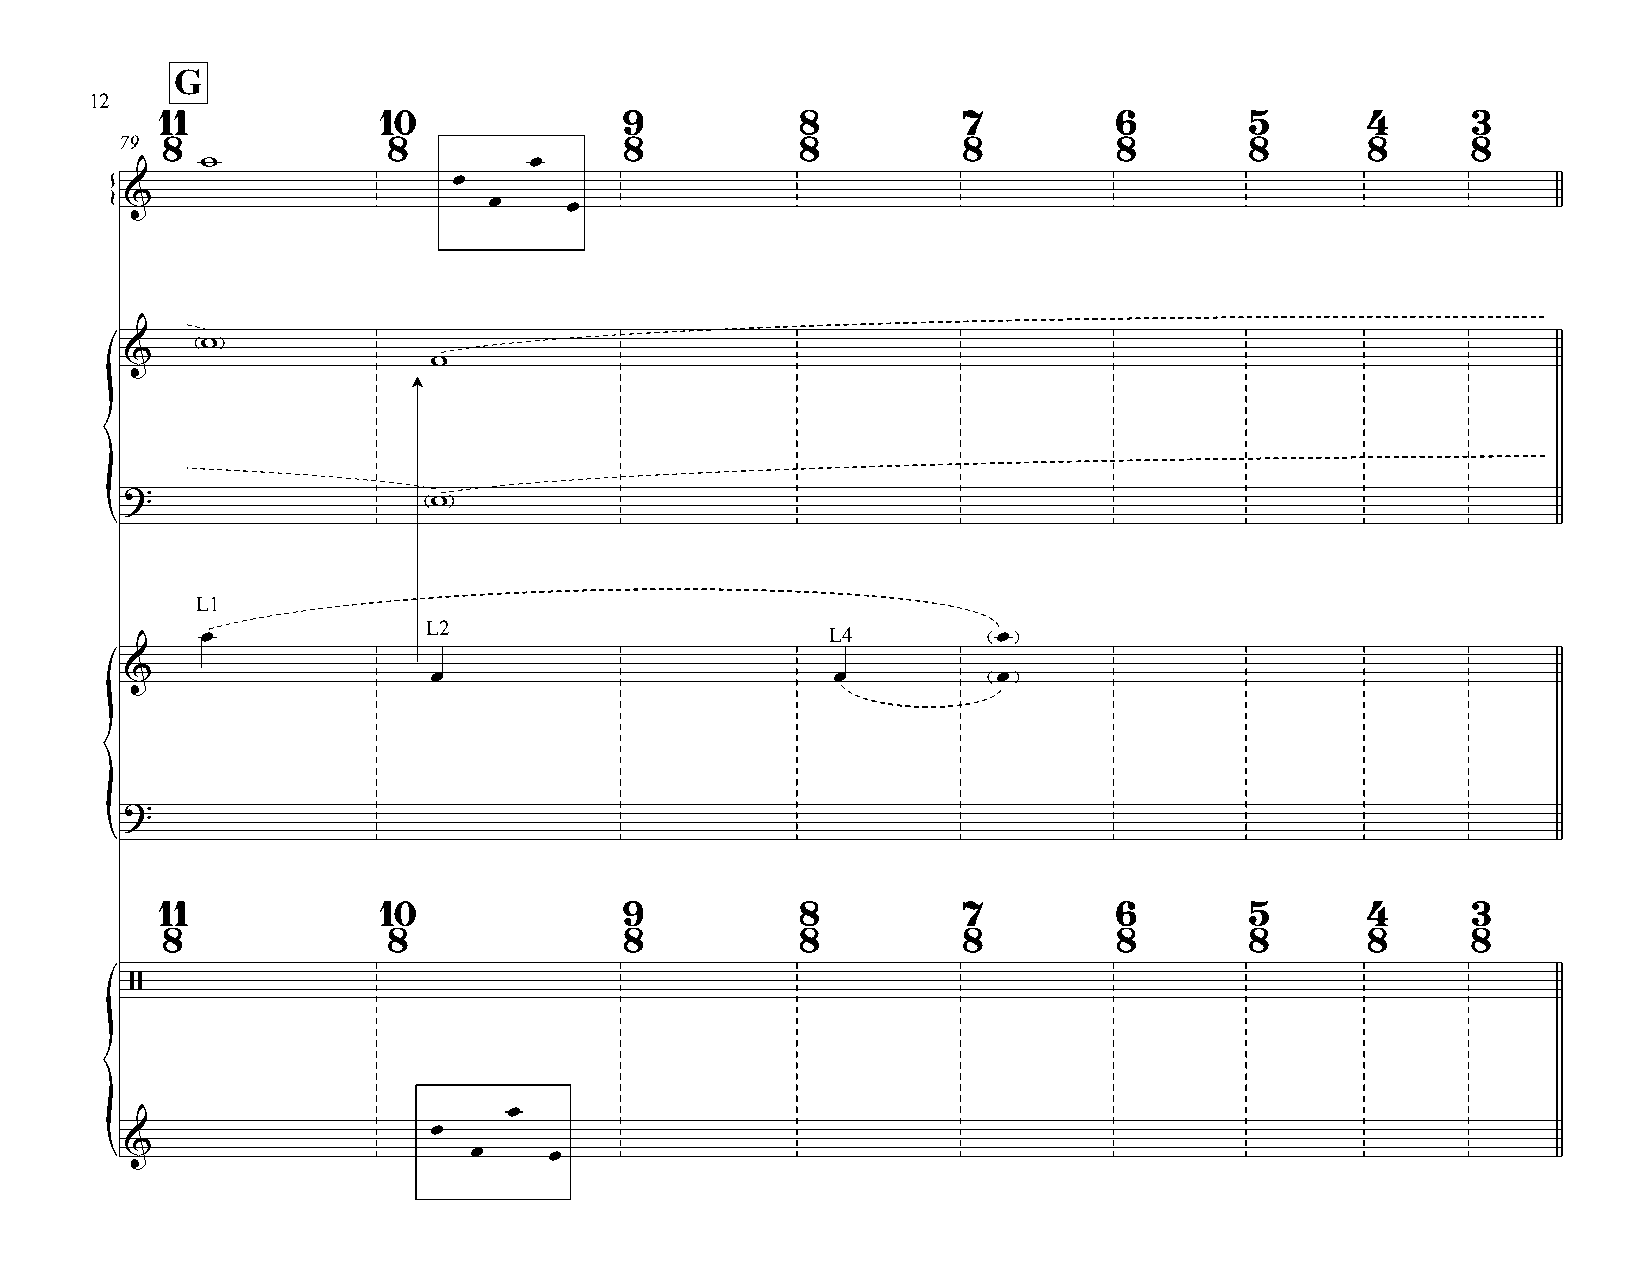
G
 12
 11            10              9           8          7         6        5      4      3
 79 8              8              8           8          8         8        8      8      8
 w                     œ
 œ
 &                       œ    œ
 {
 w
 &                    w
 ?                    w
 {
 L1
 L2
 œ                                         L4         œ
 &                    œ                         œ          œ
 ?
 {
 11            10              9           8          7         6        5      4      3
 8              8              8           8          8         8        8      8      8
 /
 œ
 œ
 {&                      œ    œ